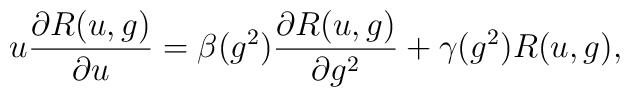
u\frac{\partial R(u,g)}{\partial u}= \beta (g^2)\frac{\partial R(u,g)}{\partial g^2} +\gamma (g^2)R(u,g),